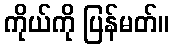
ကိုယ်ကို ပြန်မတ်။